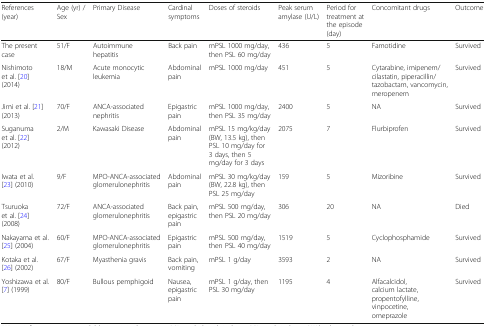
<table><thead><tr><td><b>References(year)</b></td><td><b>Age (yr) / Sex</b></td><td><b>Primary Disease</b></td><td><b>Cardinal symptoms</b></td><td><b>Doses of steroids</b></td><td><b>Peak serum amylase (U/L)</b></td><td><b>Period for treatment at the episode (day)</b></td><td><b>Concomitant drugs</b></td><td><b>Outcome</b></td></tr></thead><tbody><tr><td>The present case</td><td>51/F</td><td>Autoimmune hepatitis</td><td>Back pain</td><td>mPSL 1000 mg/day, then PSL 60 mg/day</td><td>436</td><td>5</td><td>Famotidine</td><td>Survived</td></tr><tr><td>Nishimoto et al. [20](2014)</td><td>18/M</td><td>Acute monocytic leukemia</td><td>Abdominal pain</td><td>mPSL 1000 mg/day</td><td>451</td><td>5</td><td>Cytarabine, imipenem/cilastatin, piperacillin/tazobactam, vancomycin, meropenem</td><td>Survived</td></tr><tr><td>Jimi et al. [21](2013)</td><td>70/F</td><td>ANCA-associated nephritis</td><td>Epigastric pain</td><td>mPSL 1000 mg/day, then PSL 35 mg/day</td><td>2400</td><td>5</td><td>NA</td><td>Survived</td></tr><tr><td>Suganuma et al. [22](2012)</td><td>2/M</td><td>Kawasaki Disease</td><td>Abdominal pain</td><td>mPSL 15 mg/kg/day (BW, 13.5 kg), then PSL 10 mg/day for 3 days, then 5 mg/day for 3 days</td><td>2075</td><td>7</td><td>Flurbiprofen</td><td>Survived</td></tr><tr><td>Iwata et al. [23] (2010)</td><td>9/F</td><td>MPO-ANCA-associated glomerulonephritis</td><td>Abdominal pain</td><td>mPSL 30 mg/kg/day (BW, 22.8 kg), then PSL 25 mg/day</td><td>159</td><td>5</td><td>Mizoribine</td><td>Survived</td></tr><tr><td>Tsuruoka et al. [24] (2008)</td><td>72/F</td><td>ANCA-associated glomerulonephritis</td><td>Back pain, epigastric pain</td><td>mPSL 500 mg/day, then PSL 20 mg/day</td><td>306</td><td>20</td><td>NA</td><td>Died</td></tr><tr><td>Nakayama et al. [25] (2004)</td><td>60/F</td><td>MPO-ANCA-associated glomerulonephritis</td><td>Epigastric pain</td><td>mPSL 500 mg/day, then PSL 40 mg/day</td><td>1519</td><td>5</td><td>Cyclophosphamide</td><td>Survived</td></tr><tr><td>Kotaka et al. [26] (2002)</td><td>67/F</td><td>Myasthenia gravis</td><td>Back pain, vomiting</td><td>mPSL 1 g/day</td><td>3593</td><td>2</td><td>NA</td><td>Survived</td></tr><tr><td>Yoshizawa et al. [7] (1999)</td><td>80/F</td><td>Bullous pemphigoid</td><td>Nausea, epigastric pain</td><td>mPSL 1 g/day, then PSL 30 mg/day</td><td>1195</td><td>4</td><td>Alfacalcidol,calcium lactate, propentofylline, vinpocetine, omeprazole</td><td>Survived</td></tr></tbody></table>